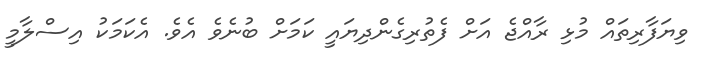
ވިޔަފާރިތައް މުޅި ރާއްޖެ އަށް ފެތުރިގެންދިޔައީ ކަމަށް ބުނެވެ އެވެ. އެކަމަކު އިސްލާމީ